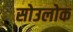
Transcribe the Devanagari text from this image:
सोउलोक